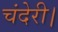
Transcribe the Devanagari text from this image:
चंदेरी।